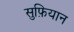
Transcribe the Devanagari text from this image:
सुफ़ियान